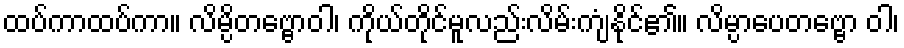
ထပ်ကာထပ်ကာ။ လိမ္ပိတဗ္ဗောဝါ၊ ကိုယ်တိုင်မူလည်းလိမ်းကျံနိုင်၏။ လိမ္ပာပေတဗ္ဗော ဝါ၊